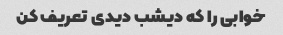
خوابی را که دیشب دیدی تعریف کن